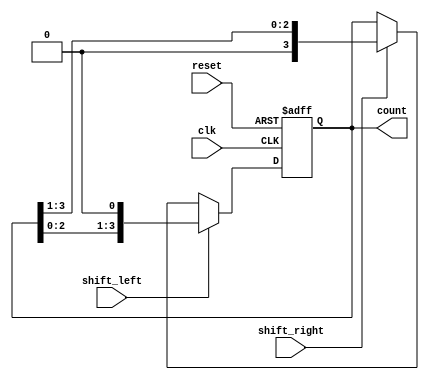
module async_shift_counter (
    input wire clk,           // Clock signal
    input wire reset,         // Asynchronous reset signal
    input wire shift_left,    // Control signal to shift left
    input wire shift_right,   // Control signal to shift right
    output reg [3:0] count    // 4-bit output for the counter
);

// Asynchronous reset and shift functionality
always @(posedge clk or posedge reset) begin
    if (reset) begin
        count <= 4'b0000; // Reset counter to zero
    end else if (shift_left) begin
        count <= {count[2:0], 1'b0}; // Shift left and insert 0 at LSB
    end else if (shift_right) begin
        count <= {1'b0, count[3:1]}; // Shift right and insert 0 at MSB
    end
end

endmodule